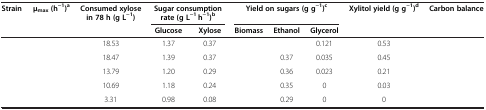
<table><thead><tr><td><b>Strain</b></td><td><b>μ<sub>max </sub>(h<sup>-1</sup>)<sup>a</sup></b></td><td><b>Consumed xylose in 78 h (g L<sup>-1</sup>)</b></td><td colspan="2"><b>Sugar consumption rate (g L<sup>-1</sup> h<sup>-1</sup>)<sup>b</sup></b></td><td colspan="3"><b>Yield on sugars (g g<sup>-1</sup>)<sup>c</sup></b></td><td><b>Xylitol yield (g g<sup>-1</sup>)<sup>d</sup></b></td><td><b>Carbon balance</b></td></tr><tr><td>[EMPTY_CELL]</td><td>[EMPTY_CELL]</td><td>[EMPTY_CELL]</td><td><b>Glucose</b></td><td><b>Xylose</b></td><td><b>Biomass</b></td><td><b>Ethanol</b></td><td><b>Glycerol</b></td><td>[EMPTY_CELL]</td><td>[EMPTY_CELL]</td></tr></thead><tbody><tr><td>[EMPTY_CELL]</td><td>[EMPTY_CELL]</td><td>18.53</td><td>1.37</td><td>0.37</td><td>[EMPTY_CELL]</td><td>[EMPTY_CELL]</td><td>0.121</td><td>0.53</td><td>[EMPTY_CELL]</td></tr><tr><td>[EMPTY_CELL]</td><td>[EMPTY_CELL]</td><td>18.47</td><td>1.39</td><td>0.37</td><td>[EMPTY_CELL]</td><td>0.37</td><td>0.035</td><td>0.45</td><td>[EMPTY_CELL]</td></tr><tr><td>[EMPTY_CELL]</td><td>[EMPTY_CELL]</td><td>13.79</td><td>1.20</td><td>0.29</td><td>[EMPTY_CELL]</td><td>0.36</td><td>0.023</td><td>0.21</td><td>[EMPTY_CELL]</td></tr><tr><td>[EMPTY_CELL]</td><td>[EMPTY_CELL]</td><td>10.69</td><td>1.18</td><td>0.24</td><td>[EMPTY_CELL]</td><td>0.35</td><td>0</td><td>0.03</td><td>[EMPTY_CELL]</td></tr><tr><td>[EMPTY_CELL]</td><td>[EMPTY_CELL]</td><td>3.31</td><td>0.98</td><td>0.08</td><td>[EMPTY_CELL]</td><td>0.29</td><td>0</td><td>0</td><td>[EMPTY_CELL]</td></tr></tbody></table>